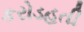
કરોડહતી